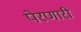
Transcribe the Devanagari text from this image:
पेरणारी